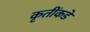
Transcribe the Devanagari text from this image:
कृतींकडे